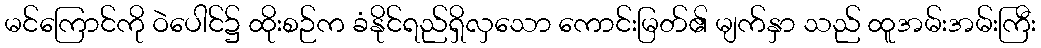
မင်ကြောင်ကို ဝဲပေါင်၌ ထိုးစဉ်က ခံနိုင်ရည်ရှိလှသော ကောင်းမြတ်၏ မျက်နှာ သည် ထူအမ်းအမ်းကြီး